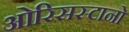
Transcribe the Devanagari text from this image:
ओरिसस्टानो